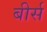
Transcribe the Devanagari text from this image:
बीर्स